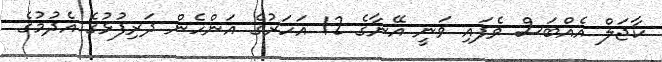
ކާޖަލް އެއްބަސް ވެފައި ވަނީ އޭނާގެ 12 އަހަރުގެ އަންހެން ދަރިފުޅުގެ އެދުމުގެ